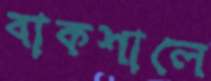
বাকশালে